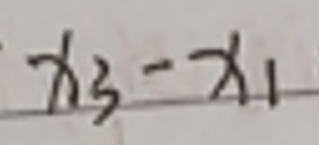
$x _ { 3 } - x _ { 1 }$